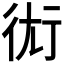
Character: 𧗢